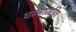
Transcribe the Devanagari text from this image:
घटनाराहित